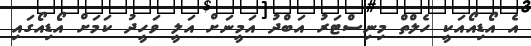
އެ އޯޑިއޯއަކީ ހެލްތް މިނިސްޓަރު އަބްދު އަމީނަށް އަލީ ވަހީދު ކަމަށް އޯޑިއޯގައި